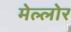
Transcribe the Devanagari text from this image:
मेल्लोर